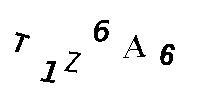
T1Z6A6